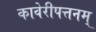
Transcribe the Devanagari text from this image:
कावेरीपत्तनम्